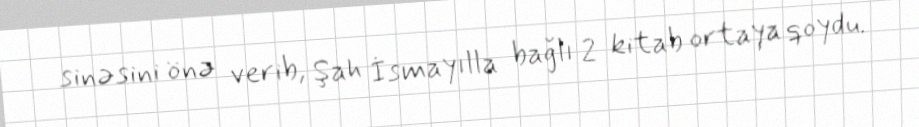
sinəsini önə verib, Şah İsmayılla bağlı 2 kitab ortaya qoydu.